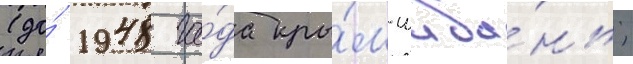
(до́ 1948 го́да кры́м-шиба́нь;